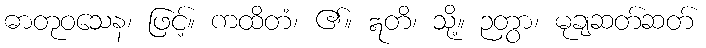
ဓာတုဝသေန၊ ဖြင့်။ ကထိတံ၊ ၏။ ဣတိ၊ သို့။ ဉတွာ၊ မုချဆတ်ဆတ်